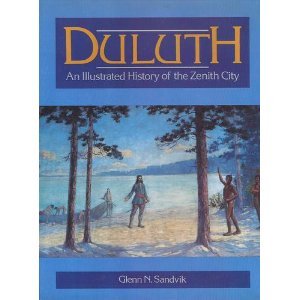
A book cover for Duluth: An Illustrated History of the Zenith City; Glen N. Sandvik; Travel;